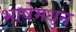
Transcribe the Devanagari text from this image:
भाषेमधुन